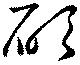
碩